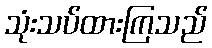
သုံးသပ်ထားကြသည်